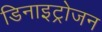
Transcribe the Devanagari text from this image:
डिनाइट्रोजन